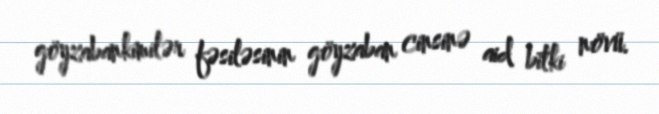
göyzabankimilər fəsiləsinin göyzaban cinsinə aid bitki növü.